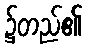
၌တည်၏